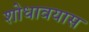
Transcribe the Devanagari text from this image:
शोधावयास